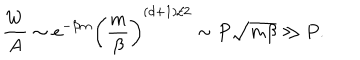
\frac { W } { A } \sim e ^ { - \beta m } \left( \frac { m } { \beta } \right) ^ { ( d + 1 ) / 2 } \sim P { \sqrt { m \beta } } \gg P .